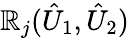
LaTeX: \mathbb{R}_{j}(\hat{{U}}_{1},\hat{{U}}_{2})